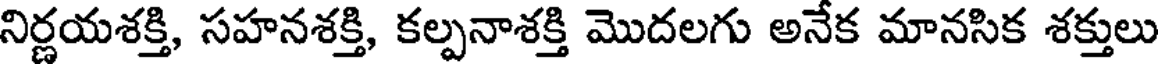
నిర్ణయశక్తి, సహనశక్తి, కల్పనాశక్తి మొదలగు అనేక మానసిక శక్తులు